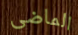
الماضى